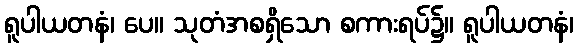
ရူပါယတနံ၊ ပေ။ သုတံအစရှိသော စကားရပ်၌။ ရူပါယတနံ၊